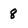
Character: 8